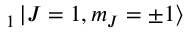
_ { 1 } \mathinner { | { J = 1 , m _ { J } = \pm 1 } \rangle }